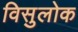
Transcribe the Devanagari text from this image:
विसुलोक